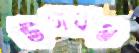
উগবগু